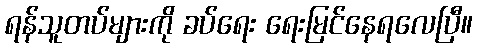
ရန်သူတပ်များကို ခပ်ရေး ရေးမြင်နေရလေပြီ။